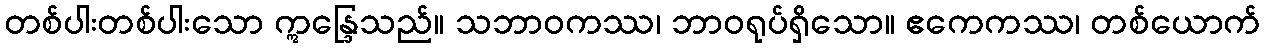
တစ်ပါးတစ်ပါးသော ဣန္ဒြေသည်။ သဘာဝကဿ၊ ဘာဝရုပ်ရှိသော။ ဧကေကဿ၊ တစ်ယောက်